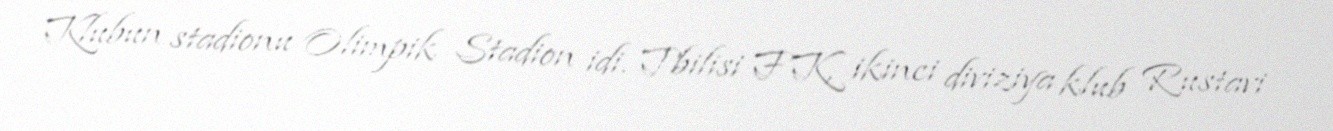
Klubun stadionu Olimpik Stadion idi. Tbilisi FK, ikinci diviziya klub Rustavi